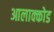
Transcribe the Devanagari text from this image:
आलाक्कोड